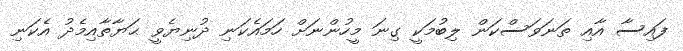
ފައިސާ އާއި ތަނަވަސްކަން ލިބުމަކީ ގިނަ މީހުންނަށް ހަމައެކަނި ދުނިޔެވީ ޙަޔާތާއިމެދު އެކަނި